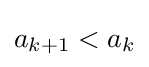
a_{k+1}<a_{k}